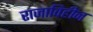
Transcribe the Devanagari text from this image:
राजाविहीन